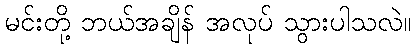
မင်းတို့ ဘယ်အချိန် အလုပ် သွားပါသလဲ။